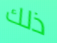
ذلك